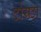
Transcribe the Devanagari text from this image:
टोयटा